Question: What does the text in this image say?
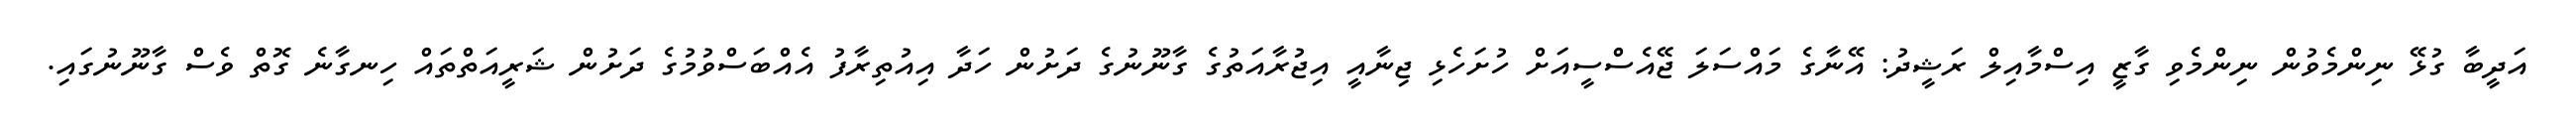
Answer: އަދީބާ ގުޅޭ ނިންމެވުން ނިންމެވި ގާޒީ އިސްމާއިލް ރަޝީދު: އޭނާގެ މައްސަލަ ޖޭއެސްސީއަށް ހުށަހެޅި ޖިނާއީ އިޖުރާއަތުގެ ގާނޫނުގެ ދަށުން ހަދާ އިއުތިރާފު އެއްބަސްވުމުގެ ދަށުން ޝަރީއަތްތައް ހިނގާނެ ގޮތް ވެސް ގާނޫނުގައި.